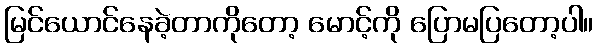
မြင်ယောင်နေခဲ့တာကိုတော့ မောင့်ကို ပြောမပြတော့ပါ။